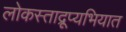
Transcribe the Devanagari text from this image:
लोकस्ताद्रूप्यभियात